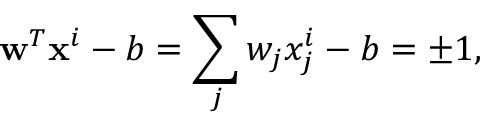
\mathbf { w } ^ { T } \mathbf { x } ^ { i } - b = \sum _ { j } w _ { j } x _ { j } ^ { i } - b = \pm 1 ,